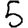
Digit: 5